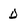
Character: D